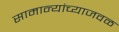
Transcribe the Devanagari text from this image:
सामान्यांच्याजवळ